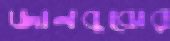
জানবুঝের